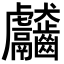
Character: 𪚊